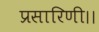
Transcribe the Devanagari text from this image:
प्रसारिणी।।